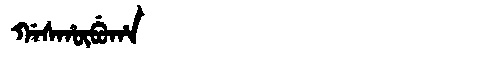
Manchu: ᡤᠠᠰᡥᡡᠪᡠᡥᠠ
Romanization: GASHŪBUHA